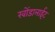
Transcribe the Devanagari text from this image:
खोंडालाईट